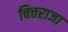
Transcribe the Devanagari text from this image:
चित्तराजा